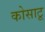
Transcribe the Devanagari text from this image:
कोसाटू